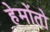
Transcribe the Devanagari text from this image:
हेमोंतो